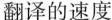
翻译的速度